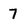
Character: 7